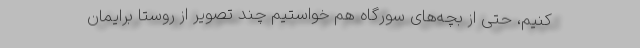
کنیم، حتی از بچه‌های سورگاه هم خواستیم چند تصویر از روستا برایمان